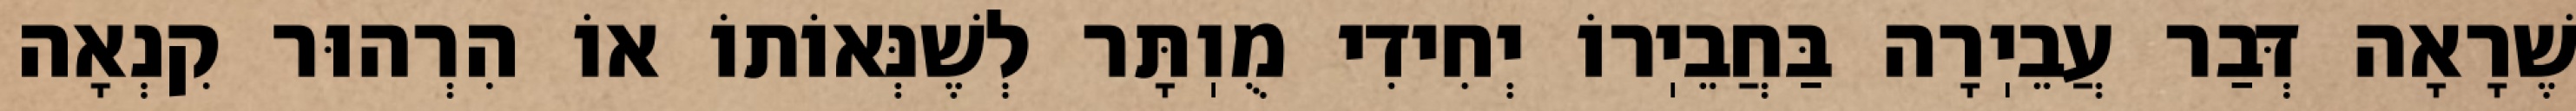
שֶׁרָאָה דְּבַר עֲבֵיֽרָה בַּחֲבֵיֽרוֹ יְחִידִי מֻוֽתָּר לְשֶׁנְּאוֹתוֹ אוֹ הִרְהוּר קִנְאָה